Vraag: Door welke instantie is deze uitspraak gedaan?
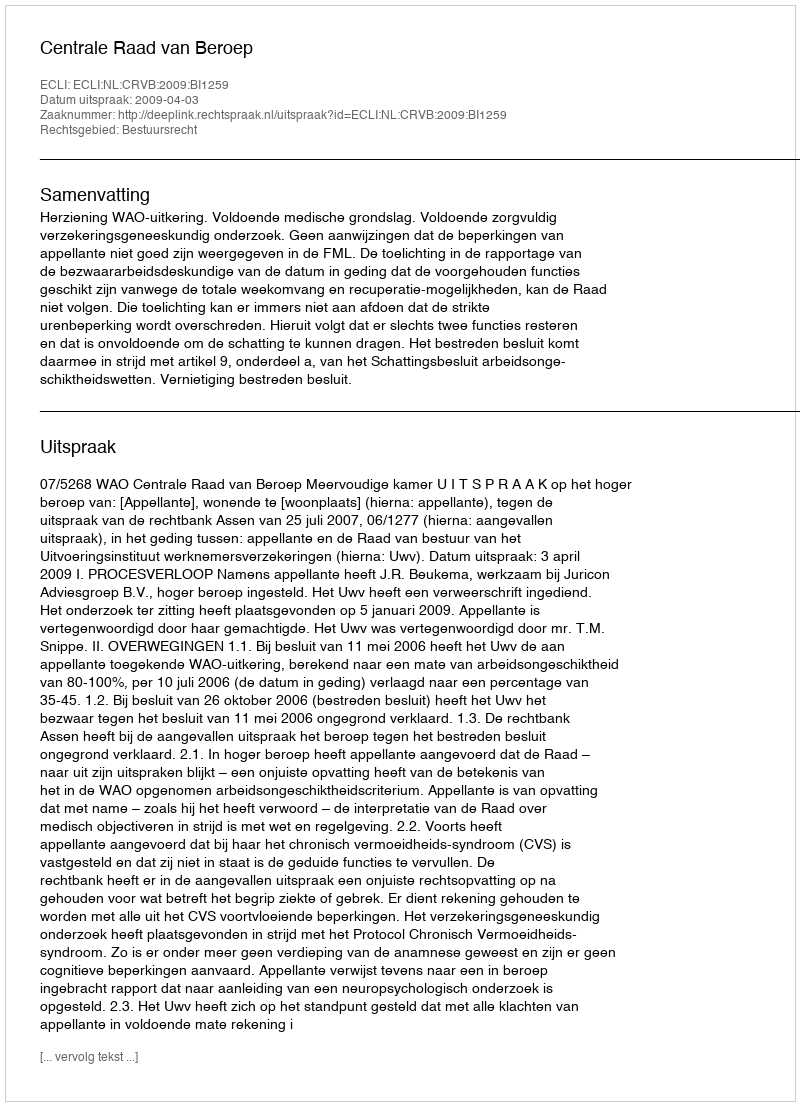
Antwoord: Centrale Raad van Beroep